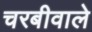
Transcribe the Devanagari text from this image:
चरबीवाले